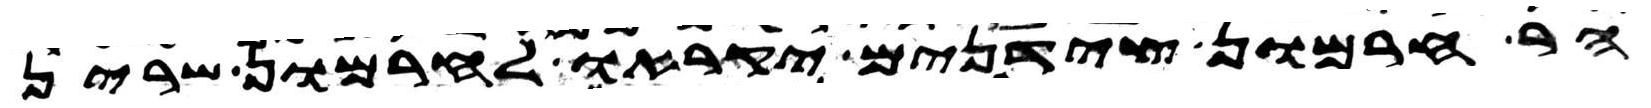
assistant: הר חרמון צידנים יקראו לחרמון שרין